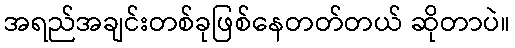
အရည်အချင်းတစ်ခုဖြစ်နေတတ်တယ် ဆိုတာပဲ။